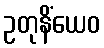
ဥတုနိံယေဝ